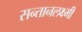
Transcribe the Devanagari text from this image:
सन्तानलक्ष्मी